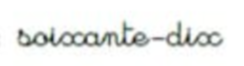
soixante-dix